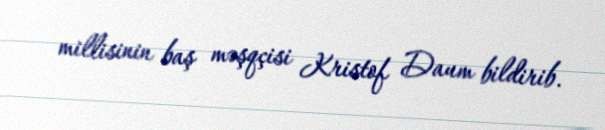
millisinin baş məşqçisi Kristof Daum bildirib.